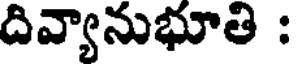
దివ్యానుభూతి :